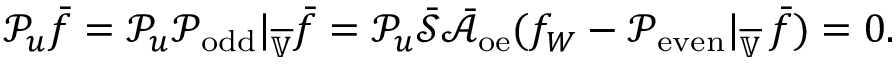
\mathcal { P } _ { u } \bar { f } = \mathcal { P } _ { u } \mathcal { P } _ { \mathrm { o d d } } | _ { \overline { { \mathbb { V } } } } \bar { f } = \mathcal { P } _ { u } \bar { \mathcal { S } } \bar { \mathcal { A } } _ { \mathrm { o e } } ( f _ { W } - \mathcal { P } _ { \mathrm { e v e n } } | _ { \overline { { \mathbb { V } } } } \, \bar { f } ) = 0 .